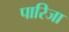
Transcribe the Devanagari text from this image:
पारिजा